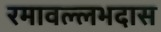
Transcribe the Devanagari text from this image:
रमावल्लभदास